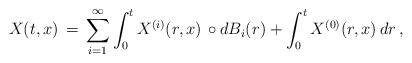
\begin{align*}X(t,x) \,=\, \sum_{i=1}^{\infty}\int_{0}^{t}X^{(i)}(r,x)\,\circ dB_{i}(r)+\int_{0}^{t}X^{(0)}(r,x)\, dr\,,\end{align*}